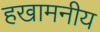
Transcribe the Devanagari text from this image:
हखामनीय